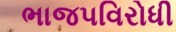
ભાજપવિરોધી